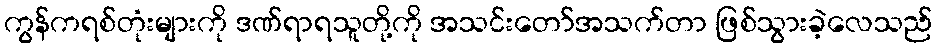
ကွန်ကရစ်တုံးများကို ဒဏ်ရာရသူတို့ကို အသင်းတော်အသက်တာ ဖြစ်သွားခဲ့လေသည်